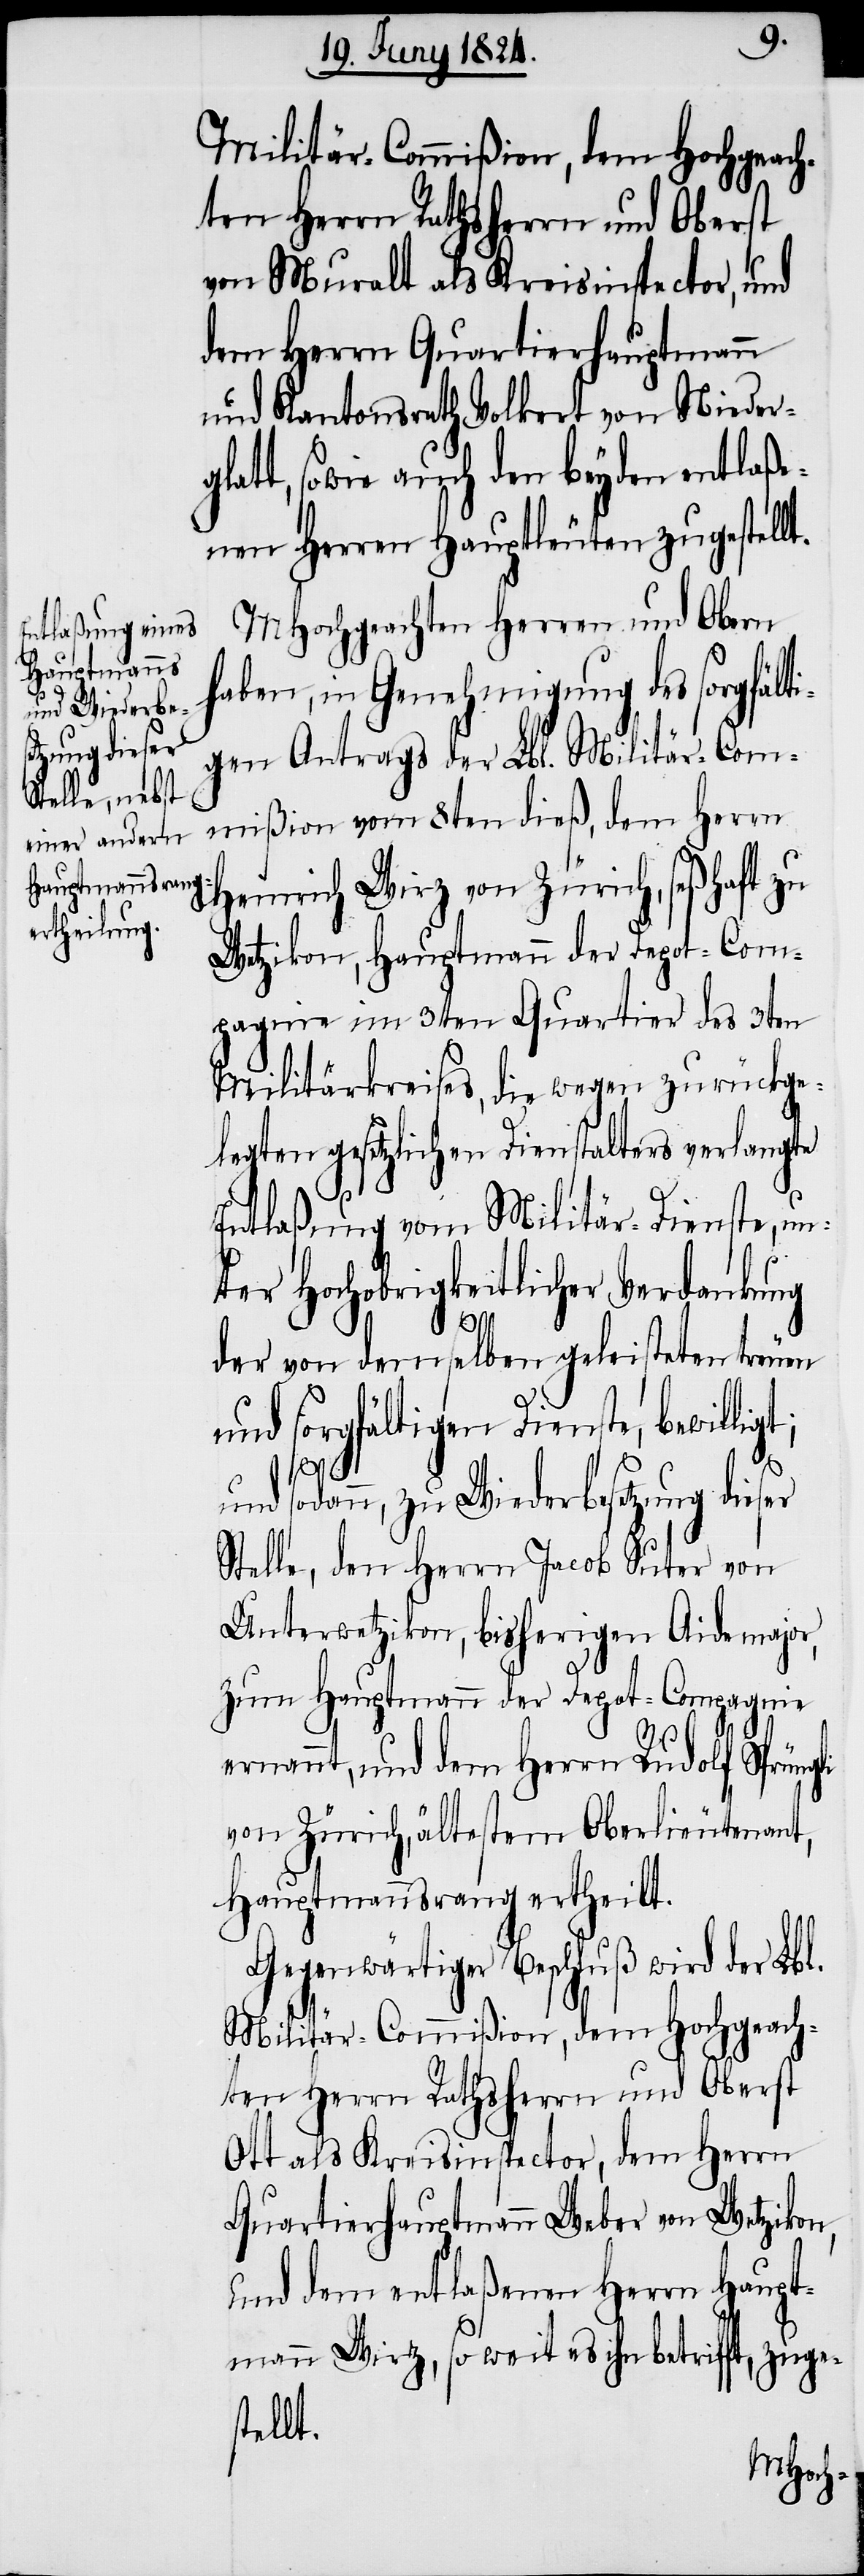
li
zu Wiederbes¬
etzung dieser

Militär-Commißion, dem Hochgeach¬
ten Herrn Rathsherrn und Oberst
von Muralt als Kreisinspector, und
dem Herrn Quartierhauptmann
und Kantonsrath Volkert von Niederg¬
latt, sowie auch den beyden entlaße¬
nen Herren Hauptleuten zugestellt.
MHochgeachten Herren und Obern
haben, in Genehmigung des sorgfält¬
igen Antrags der Lbl. Militär-Com¬
mißion vom 8ten dieß, dem Herrn
Heinrich Wirz von Zürich, seßhaft zu
Wetzikon, Hauptmann der Depot-Com¬
pagnie im 3ten Quartier des 3ten
Militärkreises, die wegen zurückge¬
legten gesetzlichen Dienstalters verlangte
Entlaßung vom Militär-Dienste, un¬
ter Hochobrigkeitlicher Verdankung
e¬
der von demselben geleisteten treuen
und sorgfältigen Dienste, bewillig¬
t;
Stelle, den Herrn Jacob Suter von
Unterwetzikon, bisherigen Aidemajor,
zum Hauptmann der Depot-Compagnie
rnannt, und dem Herrn Rudolf Sprüng¬
von Zürich, ältesten Oberlieutenant,
Hauptmannsrang ertheilt.
Gegenwärtiger Beschluß wird der Lbl.
ten Herrn Rathsherrn und Oberst
Ott als Kreisinspector, dem Herrn
Quartierhauptmann Weber von Wetzikon,
und dem entlaßenen Herrn Haupt¬
mann Wirz, so weit es ihn betrifft, zuges¬
tellt.